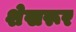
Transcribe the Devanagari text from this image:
शेखरूर